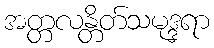
အတ္တလန္တိတ်သမုဒ္ဒရာ